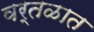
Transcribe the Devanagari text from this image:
वर्तळात